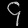
Digit: ၄